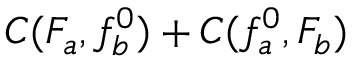
C ( F _ { a } , f _ { b } ^ { 0 } ) + C ( f _ { a } ^ { 0 } , F _ { b } )